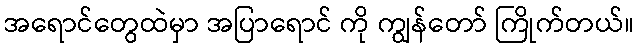
အရောင်တွေထဲမှာ အပြာရောင် ကို ကျွန်တော် ကြိုက်တယ်။